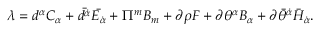
\lambda = d ^ { \alpha } C _ { \alpha } + \bar { d ^ { \dot { \alpha } } } \bar { E _ { \dot { \alpha } } } + \Pi ^ { m } B _ { m } + \partial \rho F + \partial \theta ^ { \alpha } B _ { \alpha } + \partial { \bar { \theta } } ^ { \dot { \alpha } } { \bar { H } } _ { \dot { \alpha } } .